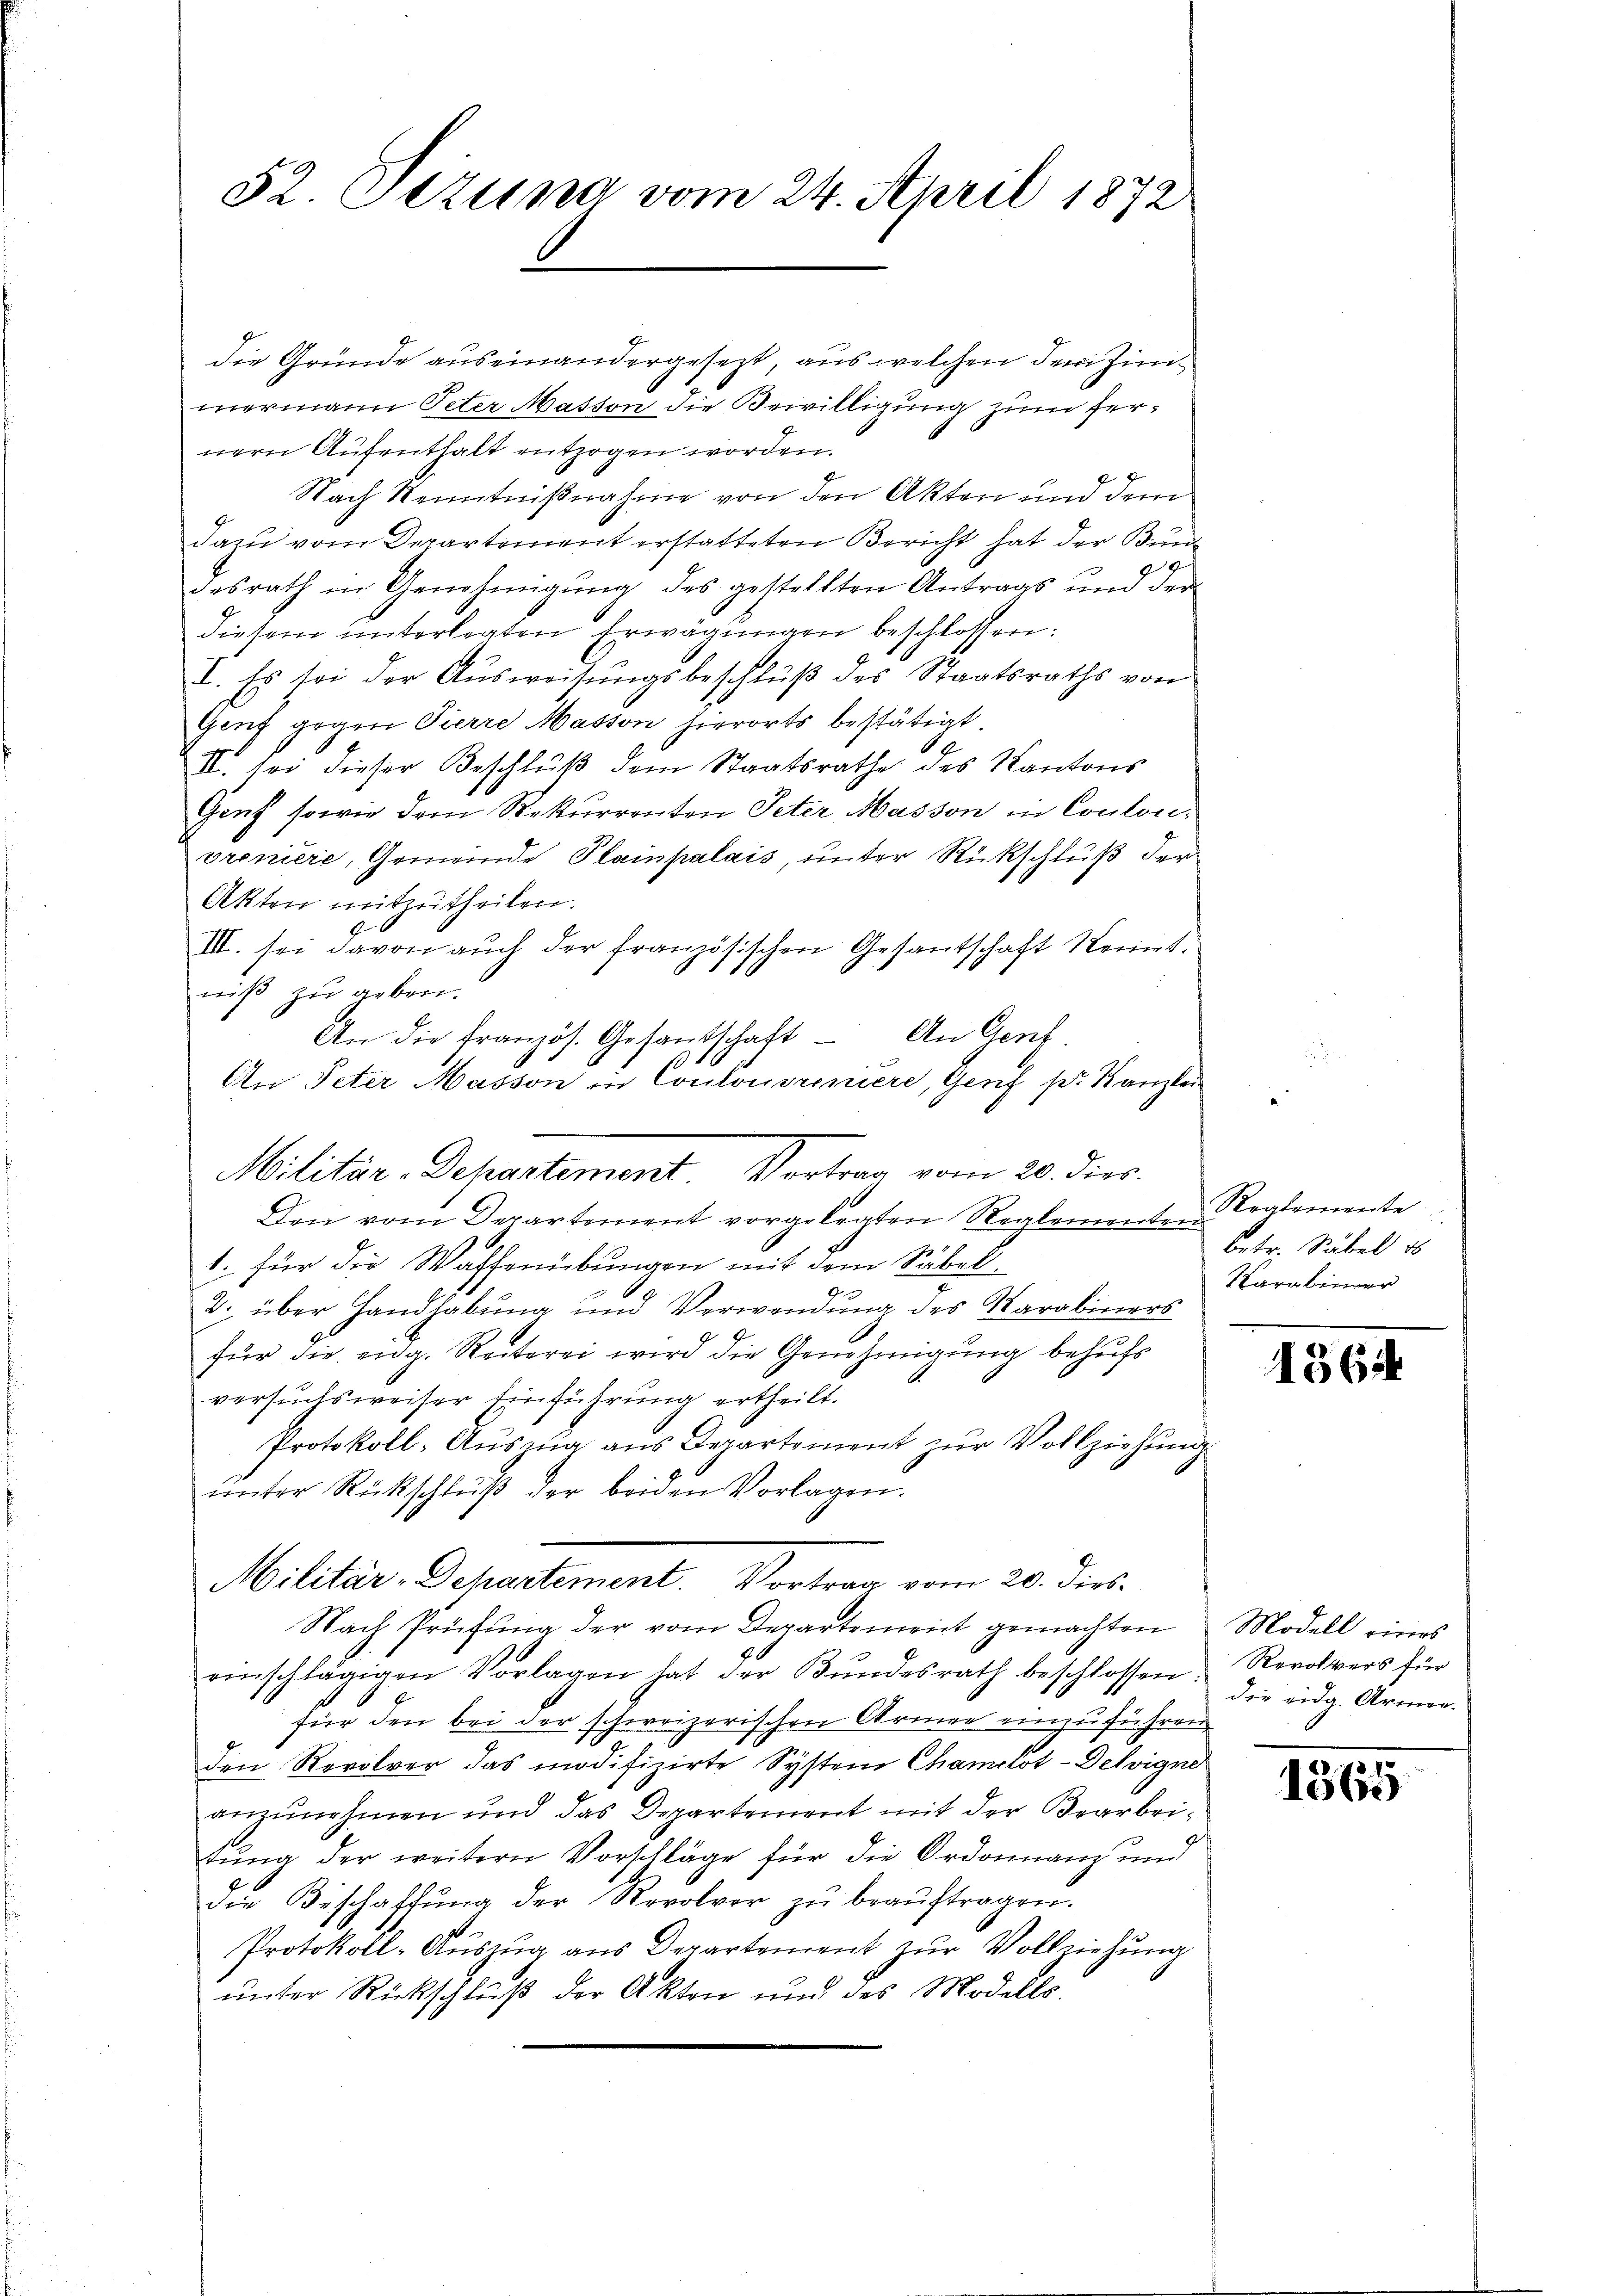
32. Stzung vom 24. April 1872

die Gründe auseinandergesezt, aus welchen der Zimmermann Peter Mation die Bewilligung zum fernern Aufenthalt entzogen worden.
Nach Kenntnißnahme von den Akten und dem
dazu vom Departement erstatteten Bericht hat der Bund
desrath in Genehmigŭng des gestellten Antrags und der
diesem unterlegten Erwägungen beschlossen:
I. Es sei der Ausweisungsbeschluß des Staatsraths von
Genf gegen Pierre Masson hierorts bestätigt.
II. Sei dieser Beschluß dem Staatsrathe des Kantons
Gont sowie dem Rekurrenten Peter Masson in Coulonoroniere, Gemeinde Plainpalais unter Rückschluß der
Akten mitzutheilen.
III. sei davon auch der französischen Gesantschaft Kennt.
niß zu geben.
An die französ. Gesandschaft An Gent,
An Peter Masson in Coulonorimiere, Genf pr. Kanzlei
Den vom Departement vorgelegten Reglementen
1. für die Waffenübungen mit dem Säbel.
2. über Handhabung und Verwendung des Karabiners
für die eidg. Reiterei wird die Genehmigung behufs
versuchsweiser Einführung ertheilt.
Protokoll-Auszug aus Departement zur Vollziehung
unter Rückschluß der beiden Vorlagen.
Militär-Departement. Vortrag vom 20. dies
Nach Prüfung der vom Departement gemachten
einschlägigen Vorlagen hat der Bŭndesrath beschlossen, Revolvers für
für den bei der schweizerischen Armee einzuführen
den Revolver das modifizirte System Chamelot-Delvigne
anzunehmen und das Departement mit der Bearbeitung der weitern Vorschläge für die Ordonnanz und
die Beschaffŭng der Revolver zŭ beaŭftragen.
Protokoll-Aŭszŭg ans Departement zŭr Vollziehung
unter Rückschluß der Akten und des Modells

Militär-Departement, Vortrag vom 20. dier.

Reglemente
betr. Säbel es
Karabiener

1562

Modell eines
die eidg. Armen.

1365